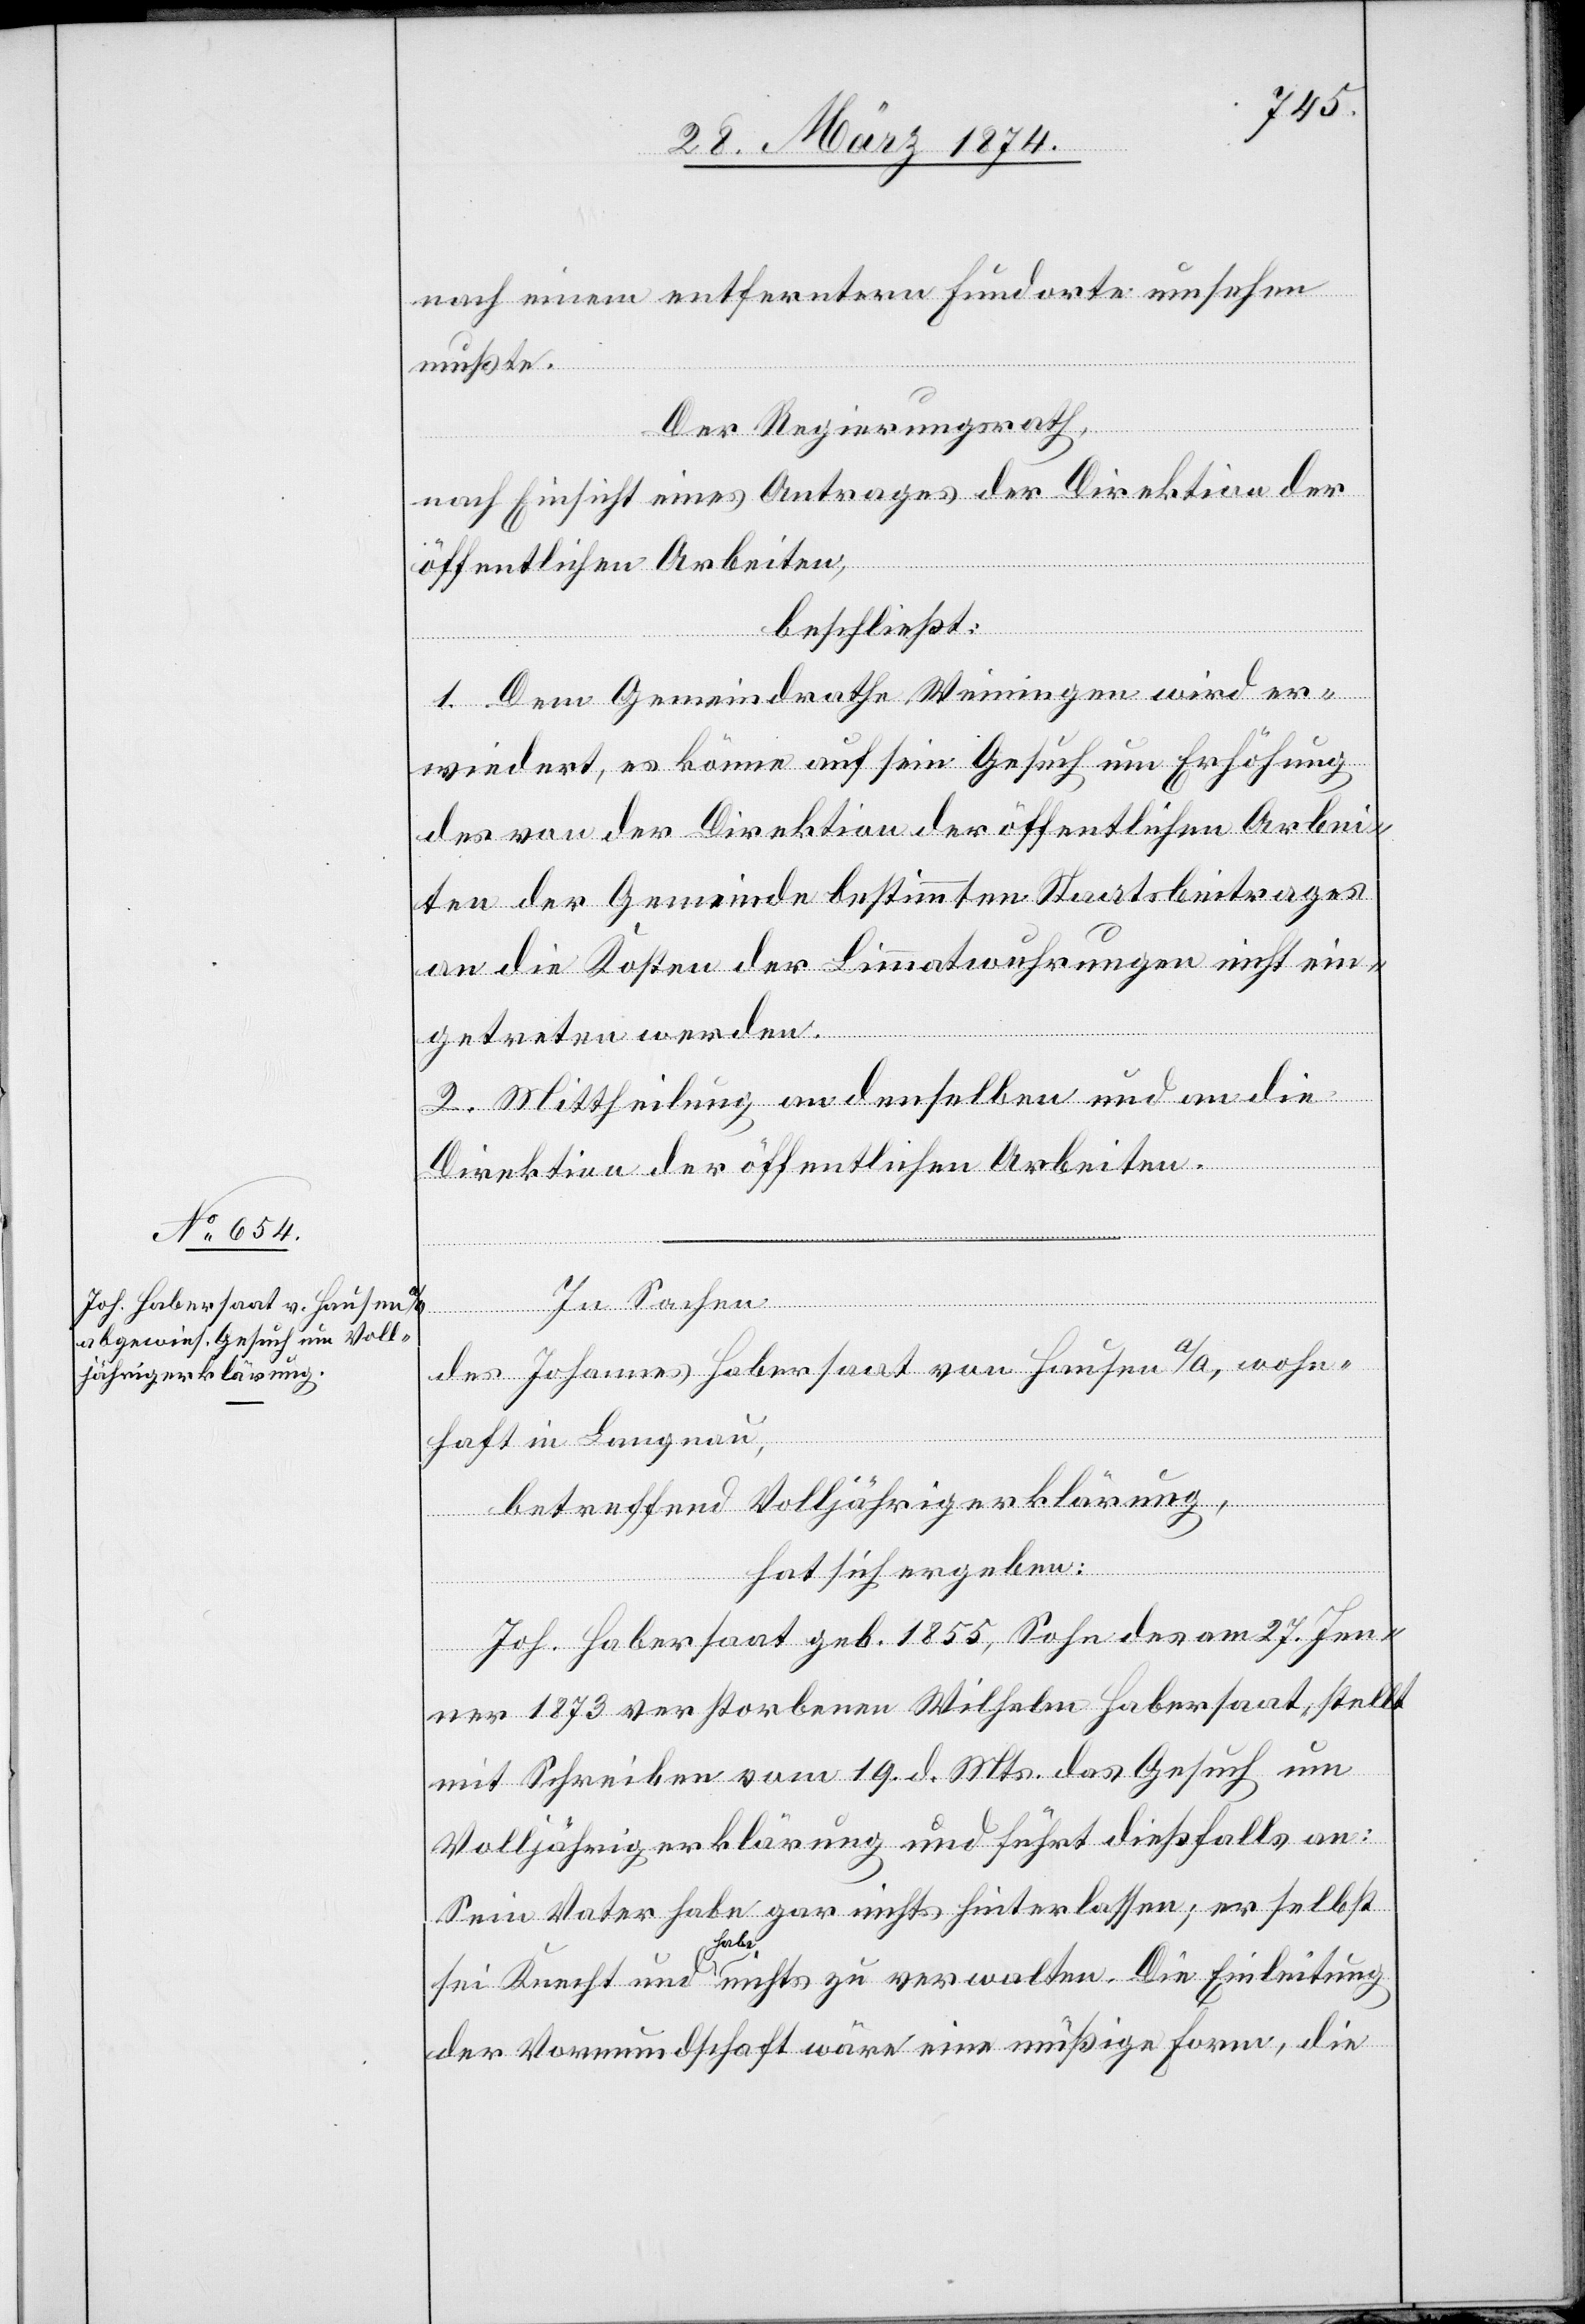
nach einem entferntern Fundorte umsehen
mußte.
Der Regierungsrath,
nach Einsicht eines Antrages der Direktion der
öffentlichen Arbeiten,
beschließt:
1. Dem Gemeindrathe Weiningen wird er¬
wiedert, es könne auf sein Gesuch um Erhöhung
des von der Direktion der öffentlichen Arbei¬
ten der Gemeinde bestimmten Staatsbeitrages
an die Kosten der Limmatwuhrungen nicht ein¬
getreten werden.
2. Mittheilung an denselben und an die
Direktion der öffentlichen Arbeiten.
In Sachen
des Johannes Habersaat von Hausen a/A, wohn¬
haft in Langnau,
betreffend Volljährigerklärung,
hat sich ergeben:
Joh. Habersaat geb. 1855, Sohn des am 27. Jen¬
ner 1873 verstorbenen Wilhelm Habersaat, stellt
mit Schreiben vom 19. d. Mts. das Gesuch um
Volljährigerklärung und führt dießfalls an:
Sein Vater habe gar nichts hinterlassen; er selbst
sei Knecht und habe nichts zu verwalten. Die Einleitung
der Vormundschaft wäre eine müßige Form, die